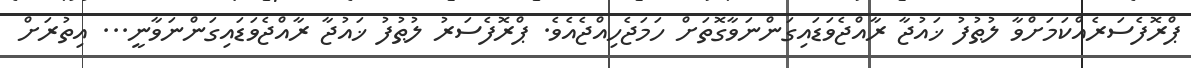
ޕްރޮފެސަރެއްކަމަށްވާ ލުޠުފު ޚައުޖާ ރާއްޖެވަޑައިގަންނަވާގޮތަށް ހަމަޖެހިއްޖެއެވެ. ޕްރޮފެސަރު ލުޠުފު ޚައުޖާ ރާއްޖެވަޑައިގަންނަވާނީ... އިތުރަށް